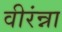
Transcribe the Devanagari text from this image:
वीरंन्ना